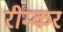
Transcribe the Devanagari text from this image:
रीम्कर